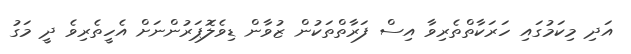
އަދި މިކަމުގައި ހަރަކާތްތެރިވާ އިސް ފަރާތްތަކުން ޒުވާން ޑިވެލޮޕަރުންނަށް އެހީތެރިވެ ދީ މަގު